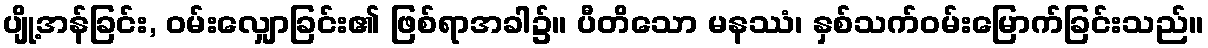
ပျို့အန်ခြင်း, ဝမ်းလျှောခြင်း၏ ဖြစ်ရာအခါ၌။ ပီတိသော မနဿံ၊ နှစ်သက်ဝမ်းမြောက်ခြင်းသည်။